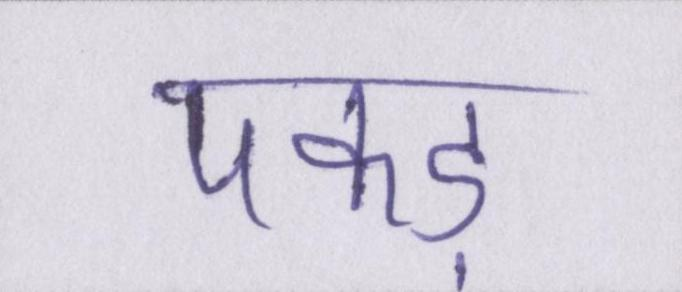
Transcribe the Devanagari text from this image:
पकड़